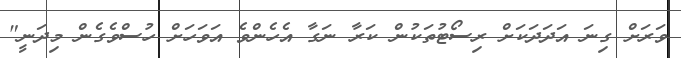
ވަރަށް ގިނަ އަދަދަކަށް ރިސޯޓުތަކުން ކަރާ ނަގާ އެހެންވެ އަވަހަށް ހުސްވެގެން މިދަނީ"